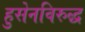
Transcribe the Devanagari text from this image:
हुसेनविरुद्ध